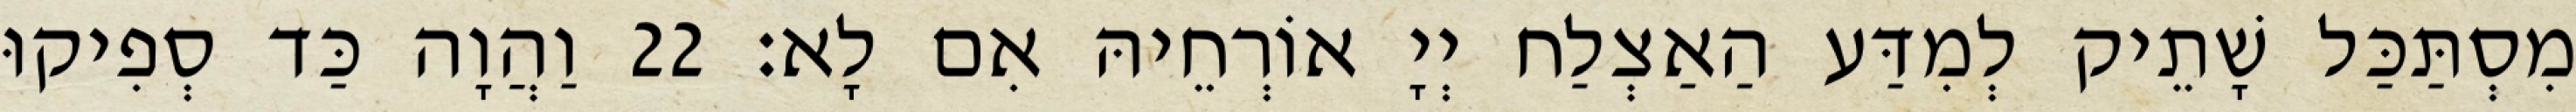
מִסְתַּכַּל שָׁתֵיק לְמִדַּע הַאַצְלַח יְיָ אוֹרְחֵיהּ אִם לָא׃ 22 וַהֲוָה כַּד סְפִיקוּ